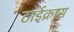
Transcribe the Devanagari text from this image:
टाईक्रास